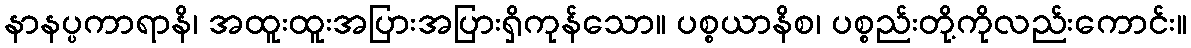
နာနပ္ပကာရာနိ၊ အထူးထူးအပြားအပြားရှိကုန်သော။ ပစ္စယာနိစ၊ ပစ္စည်းတို့ကိုလည်းကောင်း။